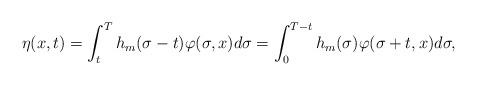
LaTeX: \begin{align*}\eta(x,t) = \int_{t}^{T}h_{m}(\sigma - t)\varphi(\sigma,x)d\sigma = \int_{0}^{T-t}h_{m}(\sigma)\varphi(\sigma+t,x)d\sigma,\end{align*}